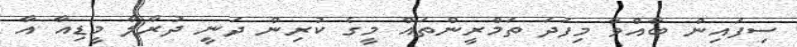
ސިފައިން ބާއްވާ މިފަދަ ތަމްރީންތައް މީގެ ކުރިން ދަނީ ދުރާލާ މީޑިއާ އާ